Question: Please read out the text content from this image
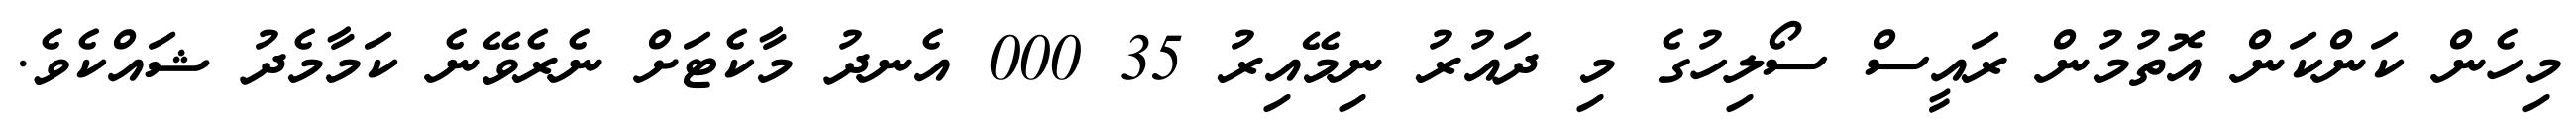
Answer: މިހެން ކަންކަން އޮތުމުން ރައީސް ސޯލިހުގެ މި ދައުރު ނިމޭއިރު 35 000 އެނދު މާކެޓަށް ނެރެވޭނެ ކަމާމެދު ޝައްކެވެ.